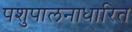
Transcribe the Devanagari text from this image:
पशुपालनाधारित